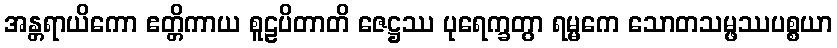
အန္တရာယိကော ဧတ္တိကာယ စူဠပိတာတိ ဇေဋ္ဌဿ ပုရေက္ခတွာ ရမ္မကေ သောတသမ္ဖဿပစ္စယာ